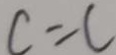
c = c